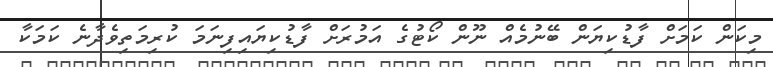
މިކަން ކަމަށް ފާޑުކިޔަން ބޭނުމެއް ނޫން ކޯޓުގެ އަމުރަށް ފާޑުކިޔައިފިނަމަ ކުރިމަތިވެދާނެ ކަމަކާ